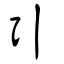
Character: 引